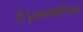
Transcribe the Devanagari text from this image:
हैं।सामाजिक